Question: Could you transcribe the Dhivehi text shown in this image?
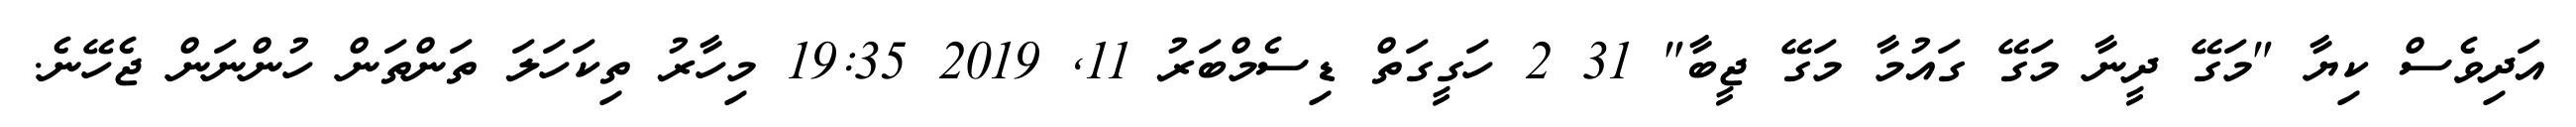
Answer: އަދިވެސް ކިޔާ "މަގޭ ދީނާ މަގޭ ގައުމާ މަގޭ ޖީބާ" 31 2 ހަގީގަތް ޑިސެމްބަރު 11, 2019 19:35 މިހާރު ތިކަހަލަ ތަންތަން ހުންނަން ޖެހޭނެ.